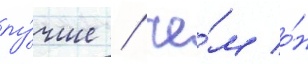
лу́чше / че́м о́н